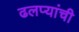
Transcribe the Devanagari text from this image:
ढलप्यांची